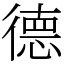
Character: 德